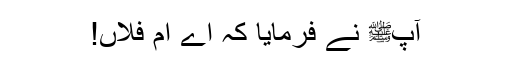
آپﷺ نے فرمایا کہ اے اُمّ فلاں!